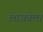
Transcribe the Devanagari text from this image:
लासबेला